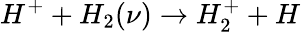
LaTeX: H^{+}+H_{2}(\nu)\rightarrow H_{2}^{+}+H